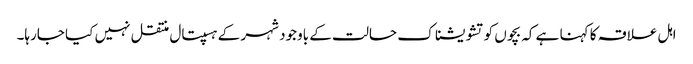
اہل علاقہ کا کہنا ہے کہ بچوں کو تشویشناک حالت کے باوجود شہر کے ہسپتال منتقل نہیں کیا جارہا۔